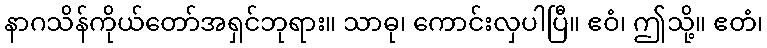
နာဂသိန်ကိုယ်တော်အရှင်ဘုရား။ သာဓု၊ ကောင်းလှပါပြီ။ ဧဝံ၊ ဤသို့။ ဧတံ၊